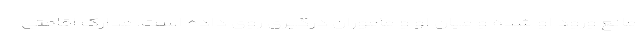
مانع ورود او شده و میان او و مأموران درگیری روی داده است. مدارک اقامتی